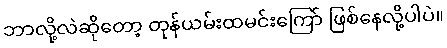
ဘာလို့လဲဆိုတော့ တုန်ယမ်းထမင်းကြော် ဖြစ်နေလို့ပါပဲ။